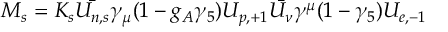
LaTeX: M _ { s } = K _ { s } \bar { U _ { n , s } } \gamma _ { \mu } ( 1 - g _ { A } \gamma _ { 5 } ) U _ { p , + 1 } \bar { U _ { \nu } } \gamma ^ { \mu } ( 1 - \gamma _ { 5 } ) U _ { e , - 1 }